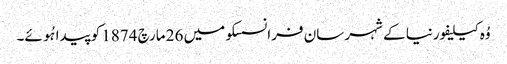
وُہ کیلیفورنیا کے شہر سان فرانسسکو میں 26 مارچ 1874 کو پیدا ہُوئے۔